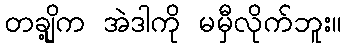
တချို့က အဲဒါကို မမှီလိုက်ဘူး။